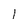
Character: l